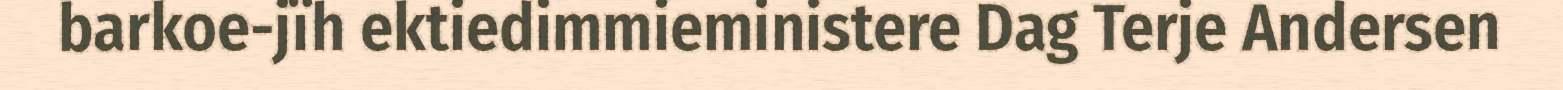
barkoe-jïh ektiedimmieministere Dag Terje Andersen